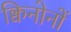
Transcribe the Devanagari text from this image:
क्विनोनों